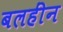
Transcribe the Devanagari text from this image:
बलहींन